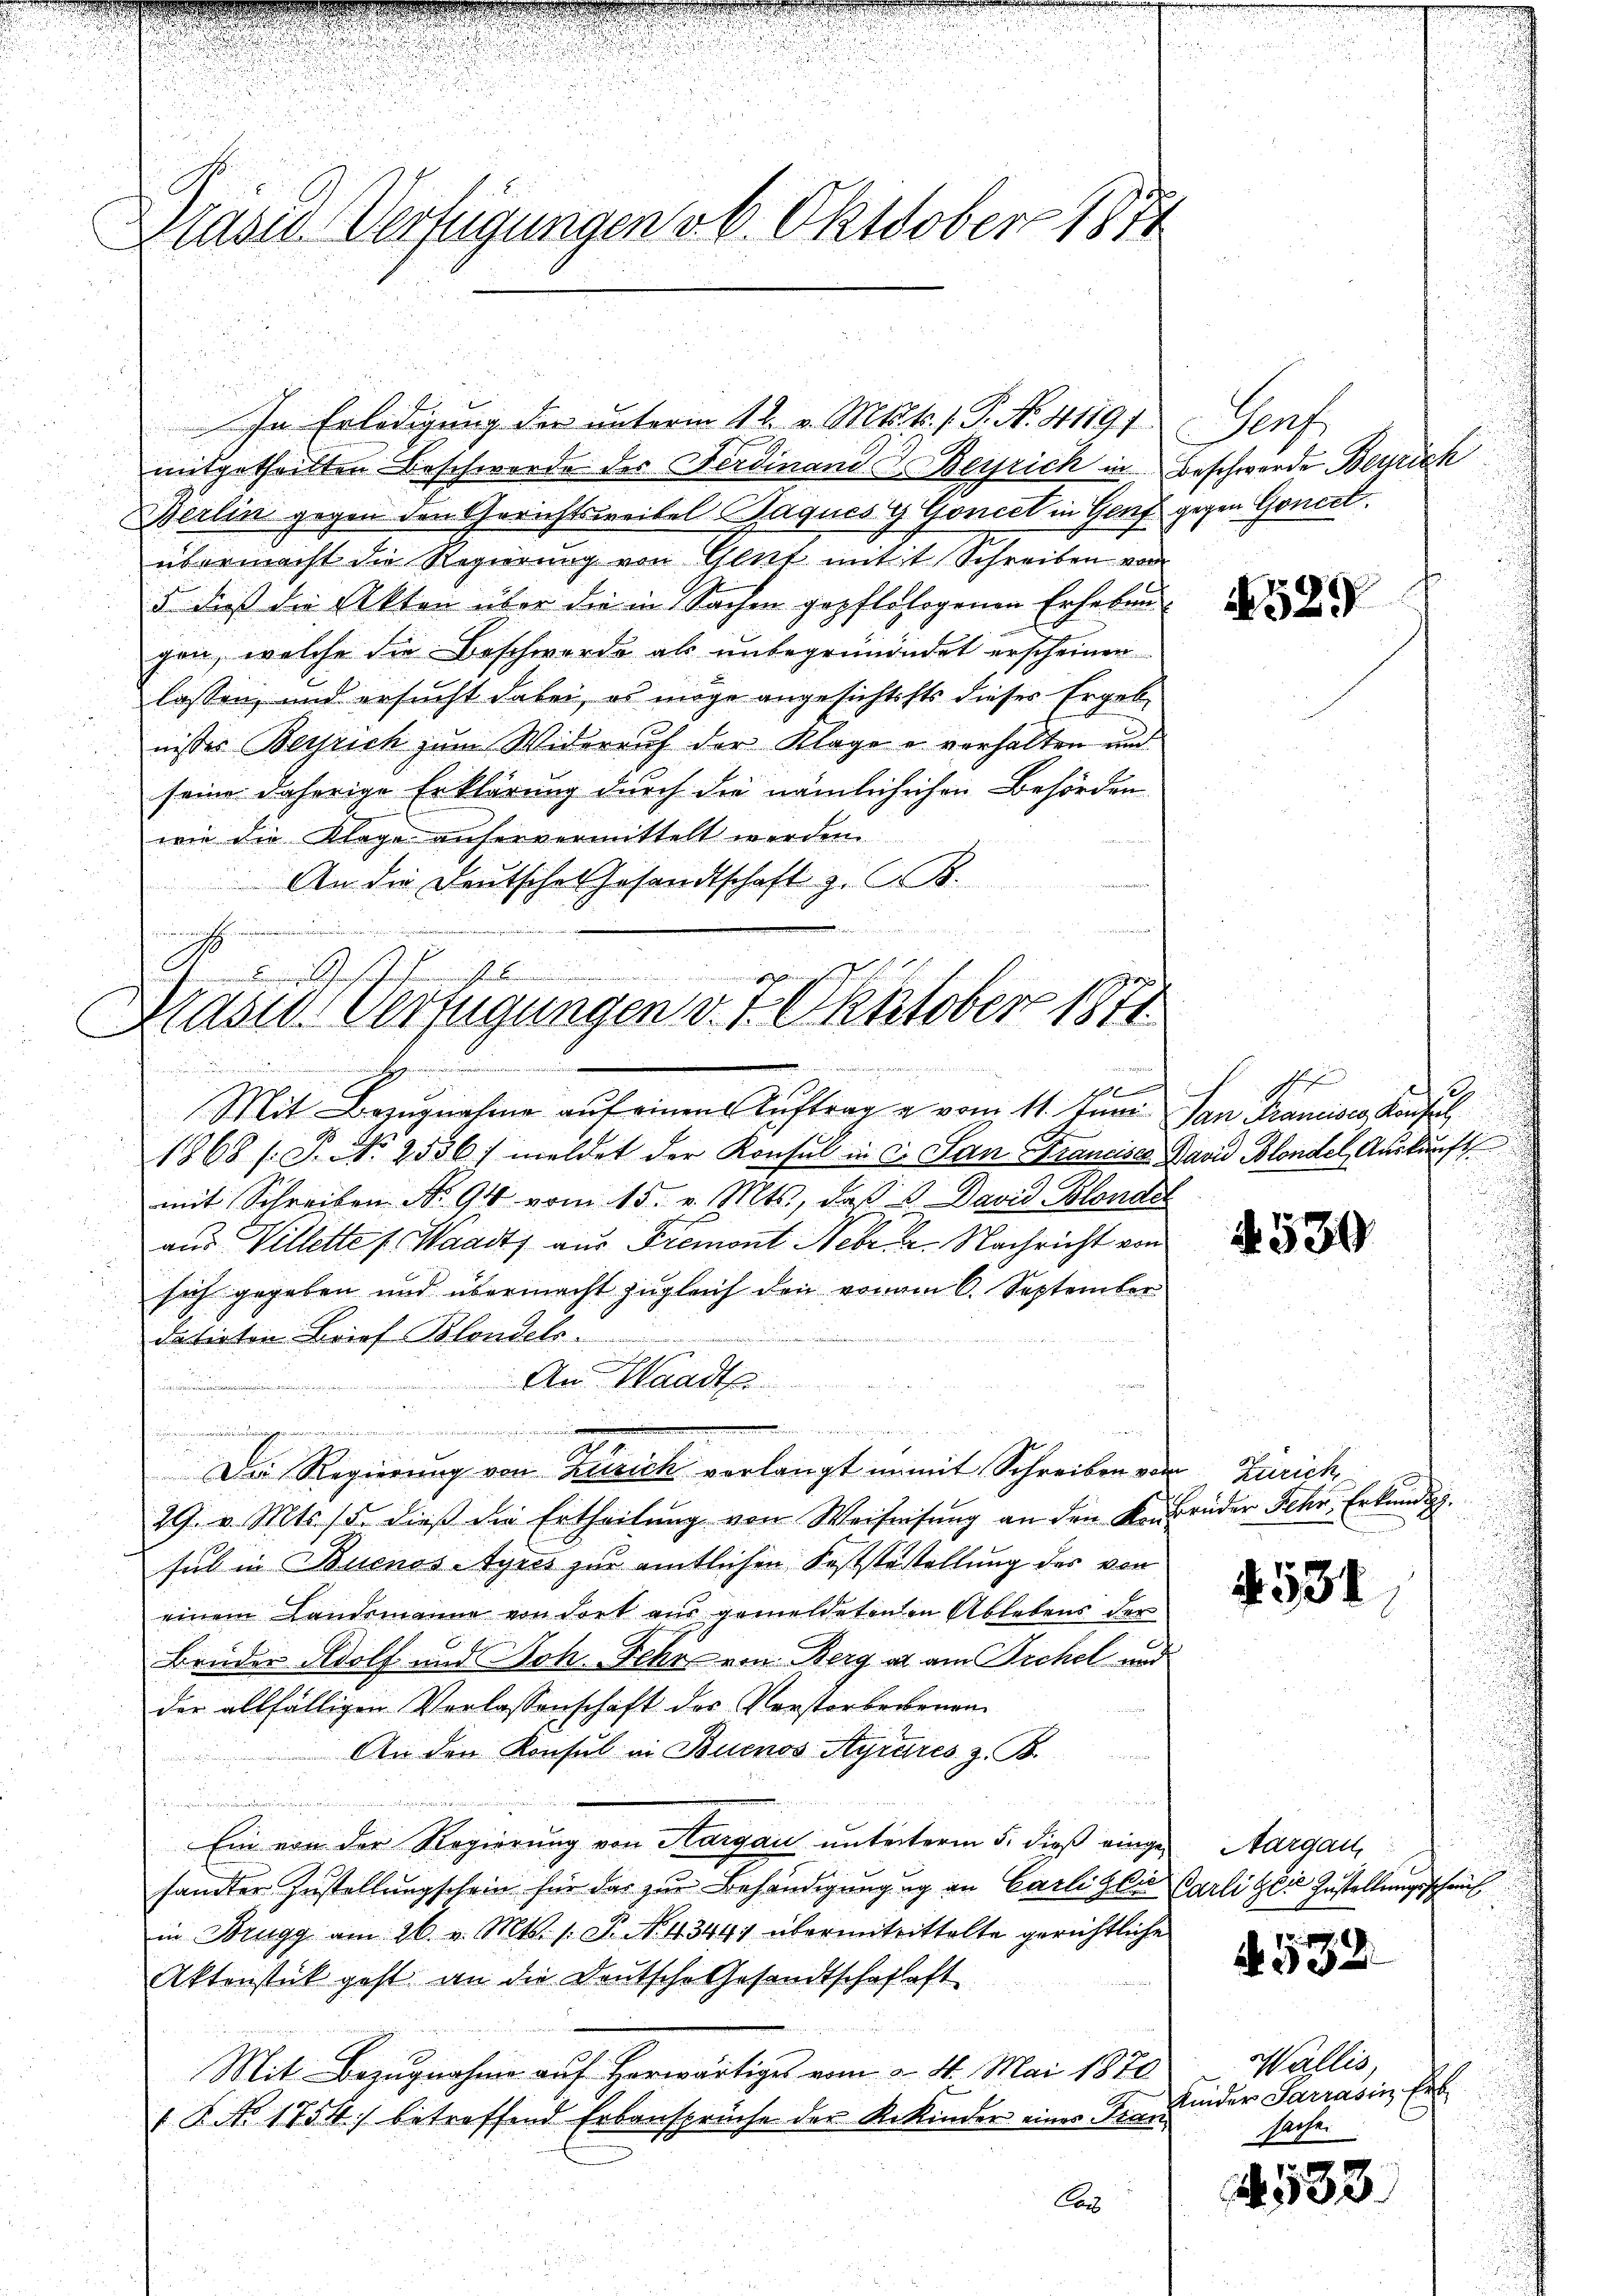
Blasis Verfügungen v. 6. Oktober 1874

In Erledigung der unterm 12. v. Mts. t. 1. P. Nr. 41191
mitgetheilten Beschwerde des Ferdinand . Berrich in Beschwerde Beyrich
Werlin gegen den Gerichtsweibel Jaques g Goncet in Genf gegen Gonccl.
übermacht die Regierung von Glut mit Schreiben von
5 dieß die Akten über die in Sachen gepflologenen Erheben
gen, welche die Beschwerde als unbegründendet erscheinen
lassen, und ersucht dabei, es möge angesichtsfts dieses Ergebnisses Zürich zum Widerruf der Klage u verhalten und
seine daherige Erklärung durch die nämlichischen Behörden
u
wie die Klage anfervermittelt werden.
An die Deutsche Gesandtschaft z. B.
u

.
H.
Kassa-Verfügungen v. 7. Oktober 1871
.

in geheiminummen

Mit Bezŭgnahme aŭf einen Aŭftrag u. vom 11. Juni dan Francisco Konsul
1868 s. S. Nr. 2536) meldet der Konsul in C. San Francisca David Blondel Auskunft
mit Schreiben No. 94 vom 15. v. Mts., daß  David Blonder
aus Villette p. Waadt aus Fremont Febr. 2. Nachricht von
sich gegeben und übermacht zugleich den von am 6. September
datirten Brief Blondels.
An Waadt
n
imungenommen werden
Dame, die
Die Regierung von Zürich verlangt unmit Schreiben von Zürich¬
29. v. Mts. 15. dieβ die Ertheilŭng von Weiseisŭng an den Kenbrüder Fehr, Erkundig.
sul in Buenos-Ayres zur amtlichen Koststestellung des von
einem Landsmanne von dort aus gemeldetenen Ablebens der
Brüder Adolf und Joh. Fehr von Berg ad am Richel und
der allfälligen Verlassenschaft der Verstorbenenen
An den Konsul in Buenos Ayrares z. B.
¬
Ein von der Regierung von Aargau unterterm 5. dieß eingesamter Zustellungschein für das zur Behändigungung an Carli zur Carli die Zustellungsschrif
in Brugg am 26. v. Mts. s. S. N. 4344; übermitrittelte gerichtliche
Aktenstück geht an die Deutsche Gesandtschafhaft
Mit Bezugnahme auf herwärtiges vom 2. 4. Mai 1870
 P. No. 1754) betreffend Erbansprüche der Rekinder eines Fran¬
Cas

1

Prof.

529

shofen

4530

§ 531

§ 532

532

.

Aargau,

Wallis,
Kinder Sarrasii Erb
sache.